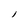
Character: l